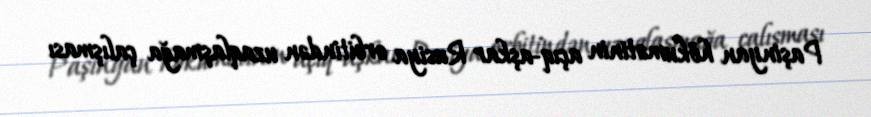
Paşinyan hökumətinin açıq-aşkar Rusiya orbitindən uzaqlaşmağa çalışması